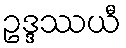
ဥဒ္ဒဿယီ